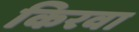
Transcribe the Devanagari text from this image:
किरवा